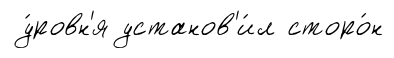
у́ровн'я установ'и́л сторо́н